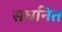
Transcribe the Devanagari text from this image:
सघनित